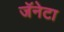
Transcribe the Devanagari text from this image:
जॅनेटा